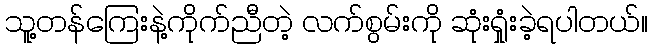
သူ့တန်ကြေးနဲ့ကိုက်ညီတဲ့ လက်စွမ်းကို ဆုံးရှုံးခဲ့ရပါတယ်။